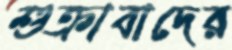
শুক্রাবাদের